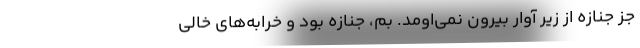
جز جنازه از زير آوار بيرون نمي‌اومد. بم، جنازه بود و خرابه‌هاي خالي